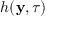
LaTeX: h ( \mathbf { y } , \tau )